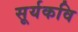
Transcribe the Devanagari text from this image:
सूर्यकवि